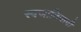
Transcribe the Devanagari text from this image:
स्वजातिवादी